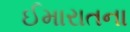
ઈમારાતના